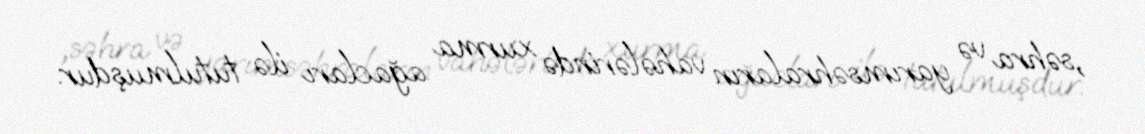
,səhra və yarımsəhraların vahələrində xurma ağacları ilə tutulmuşdur.